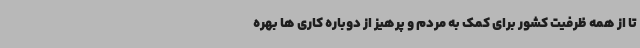
تا از همه ظرفیت کشور برای کمک به مردم و پرهیز از دوباره کاری ها بهره